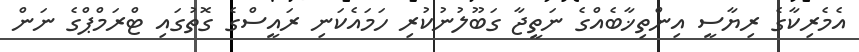
އެމެރިކާގެ ރިޔާސީ އިންތިޚާބެއްގެ ނަތީޖާ ގަބޫލުނުކުރި ހަމައެކަނި ރައީސްގެ ގޮތުގައި ޓްރަމްޕްގެ ނަން